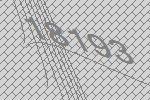
18193